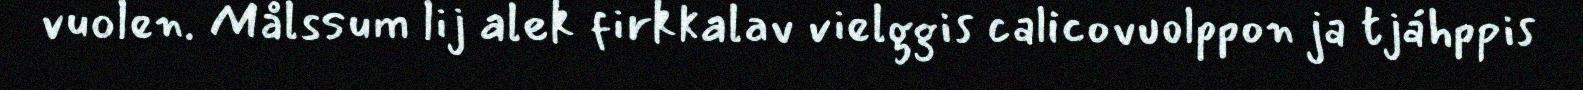
vuolen. Målssum lij alek firkkalav vielggis calicovuolppon ja tjáhppis